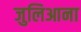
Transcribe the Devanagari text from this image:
जुलिआना